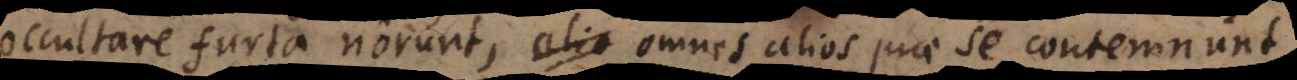
occultare furta norunt, omnes alios prae se contemnunt,